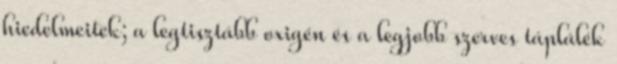
hiedelmeitek; a legtisztább oxigén és a legjobb szerves táplálék